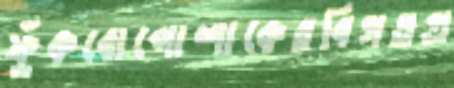
ফুঁকবোপোশাকেরবিগতপ্র